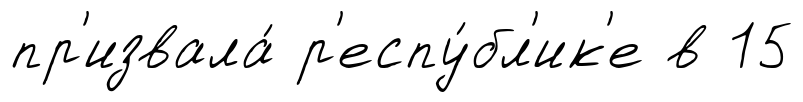
пр'извала́ р'еспу́бл'ик'е в 15